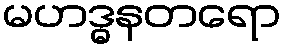
မဟဒ္ဓနတရော